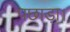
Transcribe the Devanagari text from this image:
पछाड़ा।